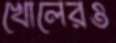
খোলেরও